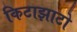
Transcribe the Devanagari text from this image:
किटाझाटो